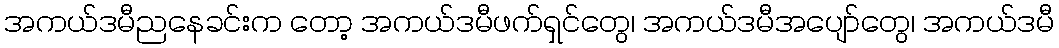
အကယ်ဒမီညနေခင်းက တော့ အကယ်ဒမီဖက်ရှင်တွေ၊ အကယ်ဒမီအပျော်တွေ၊ အကယ်ဒမီ